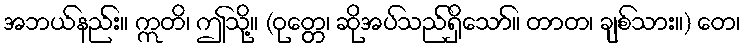
အဘယ်နည်း။ ဣတိ၊ ဤသို့။ (ဝုတ္တေ၊ ဆိုအပ်သည်ရှိသော်။ တာတ၊ ချစ်သား။) တေ၊